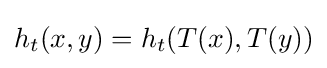
h_{t}(x,y)=h_{t}(T(x),T(y))